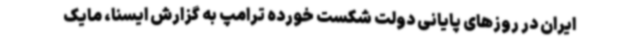
ایران در روزهای پایانی دولت شکست خورده ترامپ به گزارش ایسنا، مایک